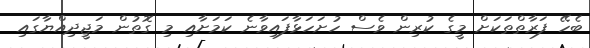
ބެހޭ ފަރާތްތަކަށް މީގެ ކުރިން ވެސް ހުށަހަޅާފައިވާނެ ކަމަށާއި މި ގޮތުން މަޖީދިއްޔާގައި